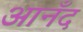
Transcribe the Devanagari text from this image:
आनँद